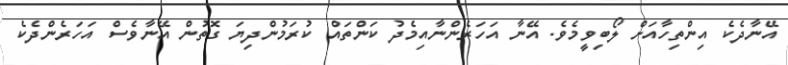
އޭނާދެކެ އިންތިހާއަށް ލޯބިވީމެވެ. އޭނާ އަހަރެންނާއިމެދު ކަންތައް ކުރަމުންދިޔަ ގޮތުން އޭނާވެސް އަހަރެންދެކެ